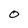
Character: o